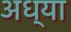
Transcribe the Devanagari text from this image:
अध्या